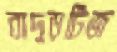
বাদুড়টিজ